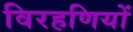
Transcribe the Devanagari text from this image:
विरहणियों